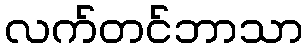
လက်တင်ဘာသာ